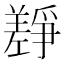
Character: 𰏎